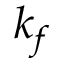
k _ { f }